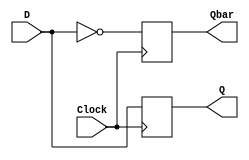
`timescale 1ns / 1ps
//////////////////////////////////////////////////////////////////////////////////
// Company: 
// Engineer: 
// 
// Design Name: 
// Module Name: D_ff_design
// Project Name: 
// Target Devices: 
// Tool Versions: 
// Description: 
// 
// Dependencies: 
// 
// Revision:
// Revision 0.01 - File Created
// Additional Comments:
// 
//////////////////////////////////////////////////////////////////////////////////


module D_ff_negedge(D,Clock,Q,Qbar);
    input D,Clock;
    output reg Q,Qbar;
    
    always @(negedge Clock)
        begin
            Q=D;
            Qbar=~D;
        end
        
endmodule